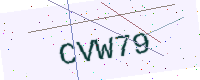
Text: CVW79